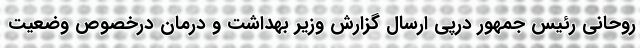
روحانی رئیس جمهور درپی ارسال گزارش وزیر بهداشت و درمان درخصوص وضعیت